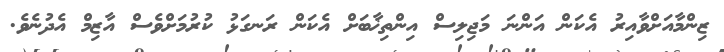
ޒިންމާއަށްވާއިރު އެކަން އަންނަ މަޖިލިސް އިންތިޚާބަށް އެކަން ރަނގަޅު ކުރުމަށްވެސް އާޒިމް އެދުނެވެ.